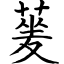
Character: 蓌